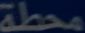
طبيعة